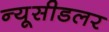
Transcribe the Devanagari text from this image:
न्यूसीडलर